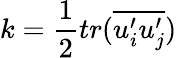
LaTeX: k=\frac 12tr(\overline{{u_{i}^{\prime}u_{j}^{\prime}}})